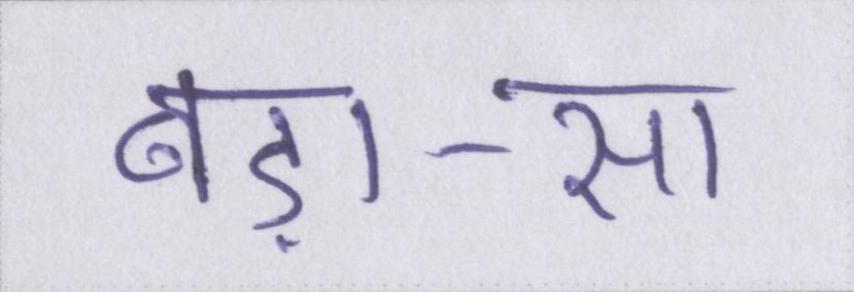
बड़ा-सा